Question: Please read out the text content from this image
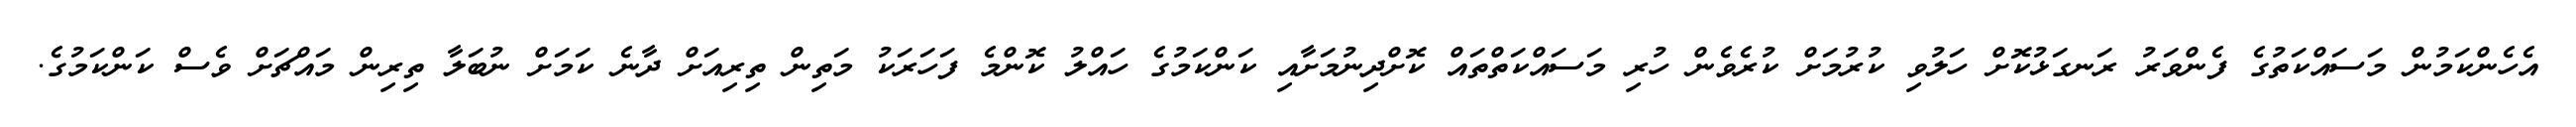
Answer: އެހެންކަމުން މަސައްކަތުގެ ފެންވަރު ރަނގަޅުކޮށް ހަލުވި ކުރުމަށް ކުރެވެން ހުރި މަސައްކަތްތައް ކޮށްދިނުމަށާއި ކަންކަމުގެ ހައްލު ކޮންމެ ފަހަރަކު މަތިން ތިރިއަށް ދާނެ ކަމަށް ނުބަލާ ތިރިން މައްޗަށް ވެސް ކަންކަމުގެ.